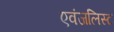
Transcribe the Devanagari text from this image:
एवंजलिस्ट